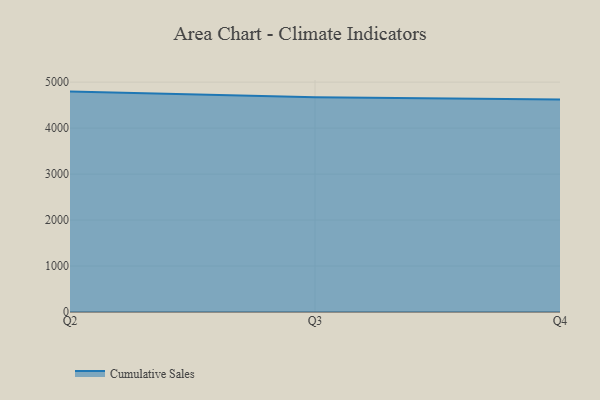
{"axis": {"x": "Quarter", "y": "Churn Rate (%)"}, "legend": ["Cumulative Sales"], "data": [{"x": "Q2", "y": 4794.0, "type": "Cumulative Sales"}, {"x": "Q3", "y": 4670.6, "type": "Cumulative Sales"}, {"x": "Q4", "y": 4620.7, "type": "Cumulative Sales"}]}